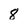
Character: 8